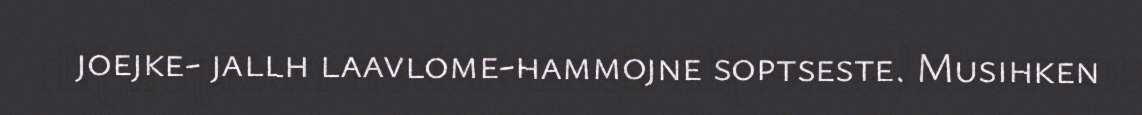
joejke- jallh laavlome-hammojne soptseste. Musihken